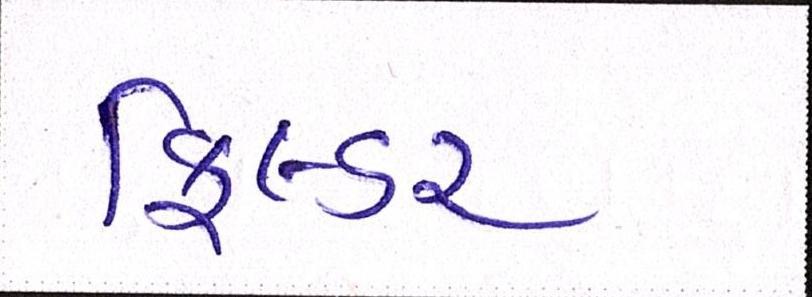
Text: ફિલ્ડર